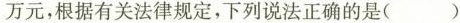
万元，根据有关法律规定，下列说法正确的是( )